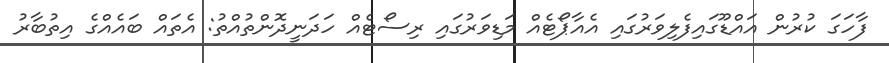
ފާހަގަ ކުރުން އައްޑޫގައިފެލިވަރުގައި އެއާޕޯޓެއް މަޑިވަރުގައި ރިސޯޓެއް ހަދަނީދޮންތުއްތު: އެތައް ބައެއްގެ އިތުބާރު